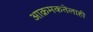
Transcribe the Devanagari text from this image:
आक्रमकतेलाही